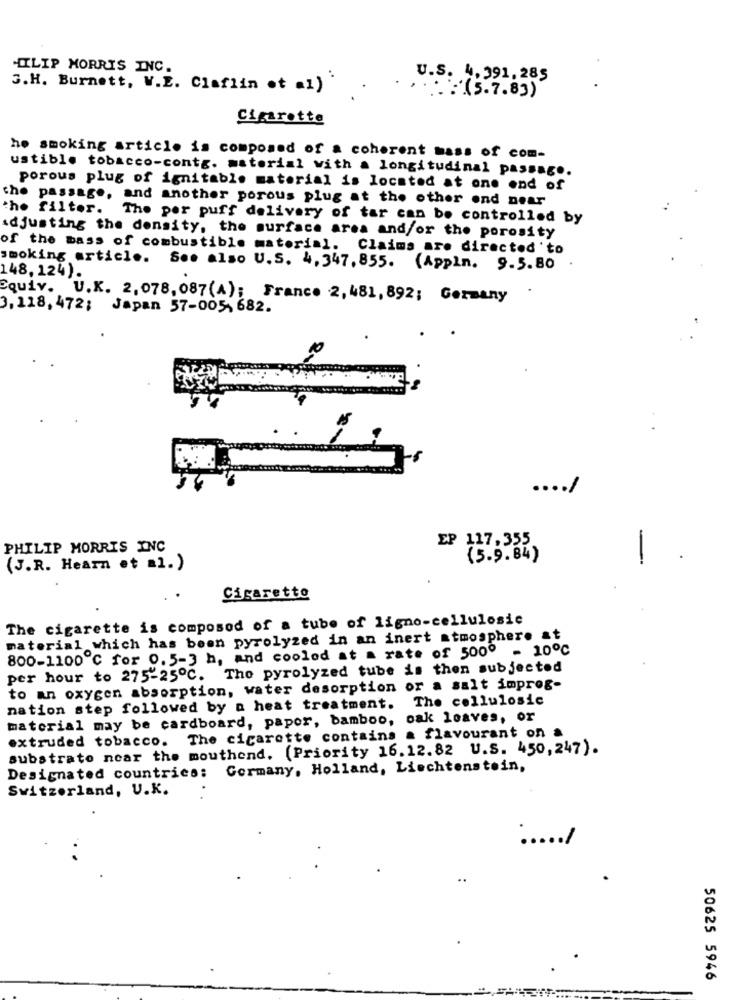
HILIP MORRIS INC.
U.S. 4,391, 285
3.H. Burnett, W.E. Claflin ot =1)
..: (5.7.83)
Cigarette
ho smoking article is composed of a coherent mass of com-
ustible tobacco-contg. material with a longitudinal passag ..
porous plug of ignitable material is located at one end of
the passage, and another porous plug at the other end near
the filter.
The per puff delivery of tar can be controlled by
adjusting the density, the surface area and/or the porosity
of the bass of combustible material. Claims are directed'to
smoking article. See also U.S. 4,347, 855. (Appln. 9.5.80 .
148,124).
Equiv. U.K. 2,078, 087(A); France 2, 481, 892; Germany
3. 118, 472; Japan 57-005, 682.
.... /
PHILIP MORRIS INC
EP 117,355.
(5.9. 84)
-
(J.R. Hearn et al.)
. .
Cigaretto
The cigarette is composed of a tube of ligno-cellulosic
material which has been pyrolyzed in an inert atmosphere at
800-1100 ℃ for 0.5-3 h, and cooled at a rate of 5000 - 10℃
per hour to 275-25℃. The pyrolyzed tube is then subjected
to an oxygen absorption, water desorption or a salt improg-
nation step followed by a heat treatment. The cellulosic
material may be cardboard, papor, bamboo, oak loaves, or
extruded tobacco. The cigarette contains a flavourant on a
substrato near the mouthend. (Priority 16.12.82 U.S. 450,247).
Designated countries: Germany, Holland, Liechtenstein,
Switzerland, U.K.
...
.. /
50625 5946